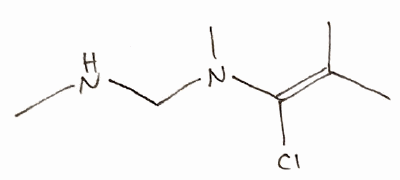
Simplified molecular-input line-entry system (SMILES) notation of the given molecule:
CC(=C(N(C)CNC)Cl)C